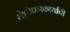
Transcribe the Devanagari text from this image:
संशोधनकार्याची